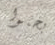
بحثوا